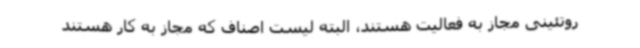
روتئینی مجاز به فعالیت هستند، البته لیست اصناف که مجاز به کار هستند